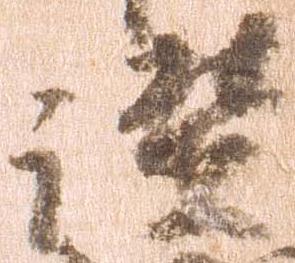
讃